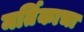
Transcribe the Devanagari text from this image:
मर्तिकाचा